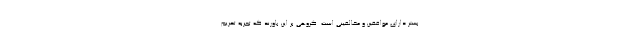
بستر دارای موافقین و مخالفینی است. گروهی بر این باورند که تجربه تحریم